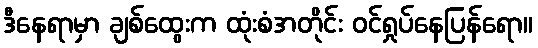
ဒီနေရာမှာ ချစ်ထွေးက ထုံးစံအတိုင်း ဝင်ရှုပ်နေပြန်ရော။